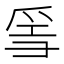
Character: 𤔌